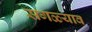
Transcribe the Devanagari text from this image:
सगळ्याव